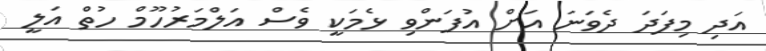
އަދި މިފަދަ ދެވަނަ އަށް އުފަންވި ޅެމަކީ ވެސް އަލްމަރުހޫމް ހުތް އަލީ